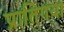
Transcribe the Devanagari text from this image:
प्रातिगया